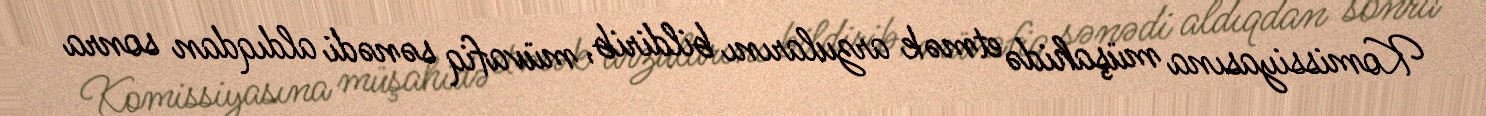
Komissiyasına müşahidə etmək arzularını bildirib, müvafiq sənədi aldıqdan sonra